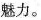
魅力。